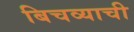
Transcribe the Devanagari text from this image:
बिचव्याची